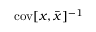
\mathrm { c o v } [ \boldsymbol { x } , \overbar { \boldsymbol { x } } ] ^ { - 1 }